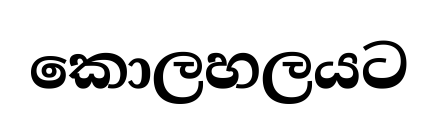
කොලහලයට